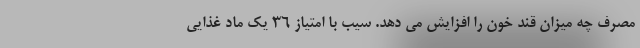
مصرف چه میزان قند خون را افزایش می دهد. سیب با امتیاز 36 یک ماد غذایی